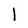
Character: l